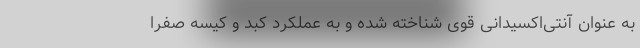
به عنوان آنتی‌اکسیدانی قوی شناخته شده و به عملکرد کبد و کیسه صفرا